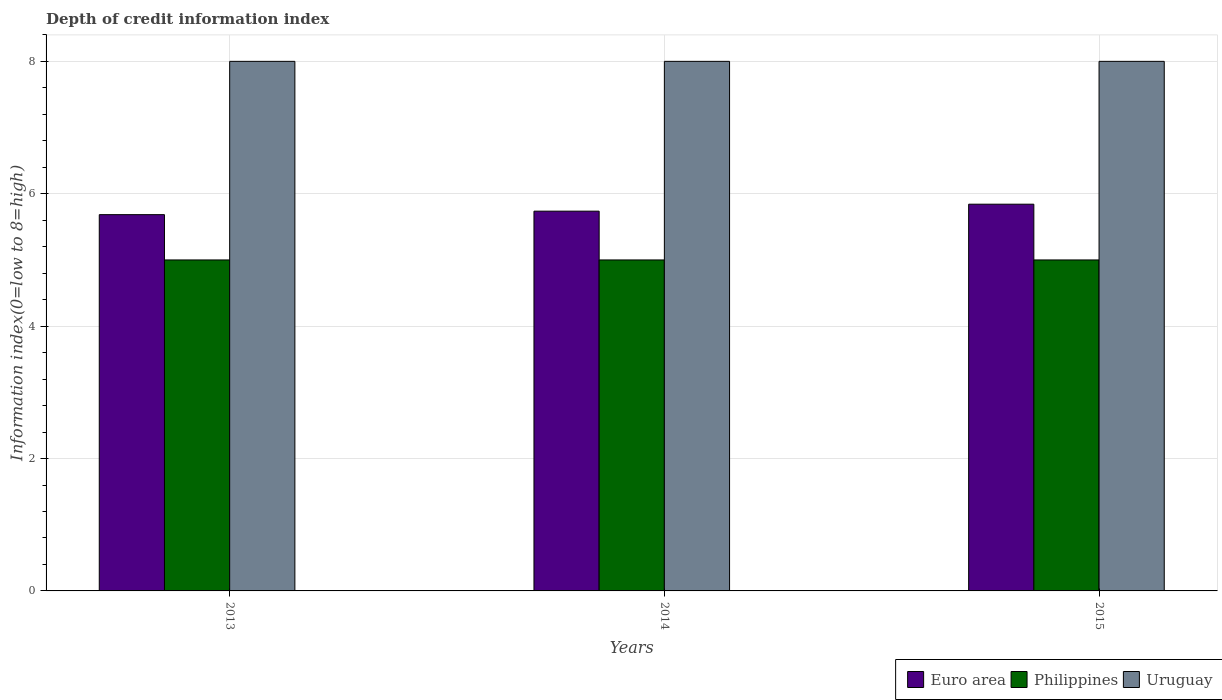
| Years | Euro area | Philippines | Uruguay |
 | --- | --- | --- | --- |
 | 2013 | 5.68 | 5 | 8 |
 | 2014 | 5.74 | 5 | 8 |
 | 2015 | 5.84 | 5 | 8 |